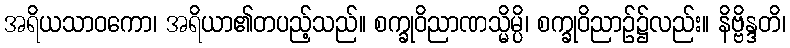
အရိယသာဝကော၊ အရိယာ၏တပည့်သည်။ စက္ခုဝိညာဏသ္မိမ္ပိ၊ စက္ခုဝိညာဉ်၌လည်း။ နိဗ္ဗိန္ဒတိ၊